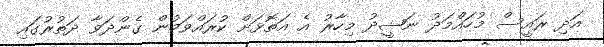
އަދި ރައީސް މުހައްމަދު ނަޝީދު މިހާރު އެ އަތޮޅަށް ކުރައްވަމުން ގެންދަވާ ދަތުރުގައި